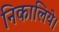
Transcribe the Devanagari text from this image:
निकालिये।